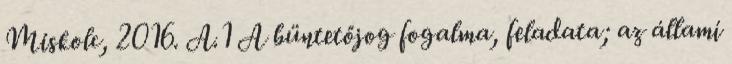
Miskolc, 2016. A.1 A büntetőjog fogalma, feladata; az állami